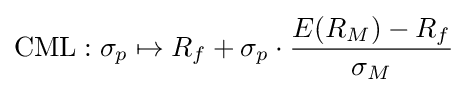
\mathrm {CML} :\sigma _{p}\mapsto R_{f}+\sigma _{p}\cdot {\frac {E(R_{M})-R_{f}}{\sigma _{M}}}